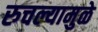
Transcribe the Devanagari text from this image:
रुचल्यामुळे